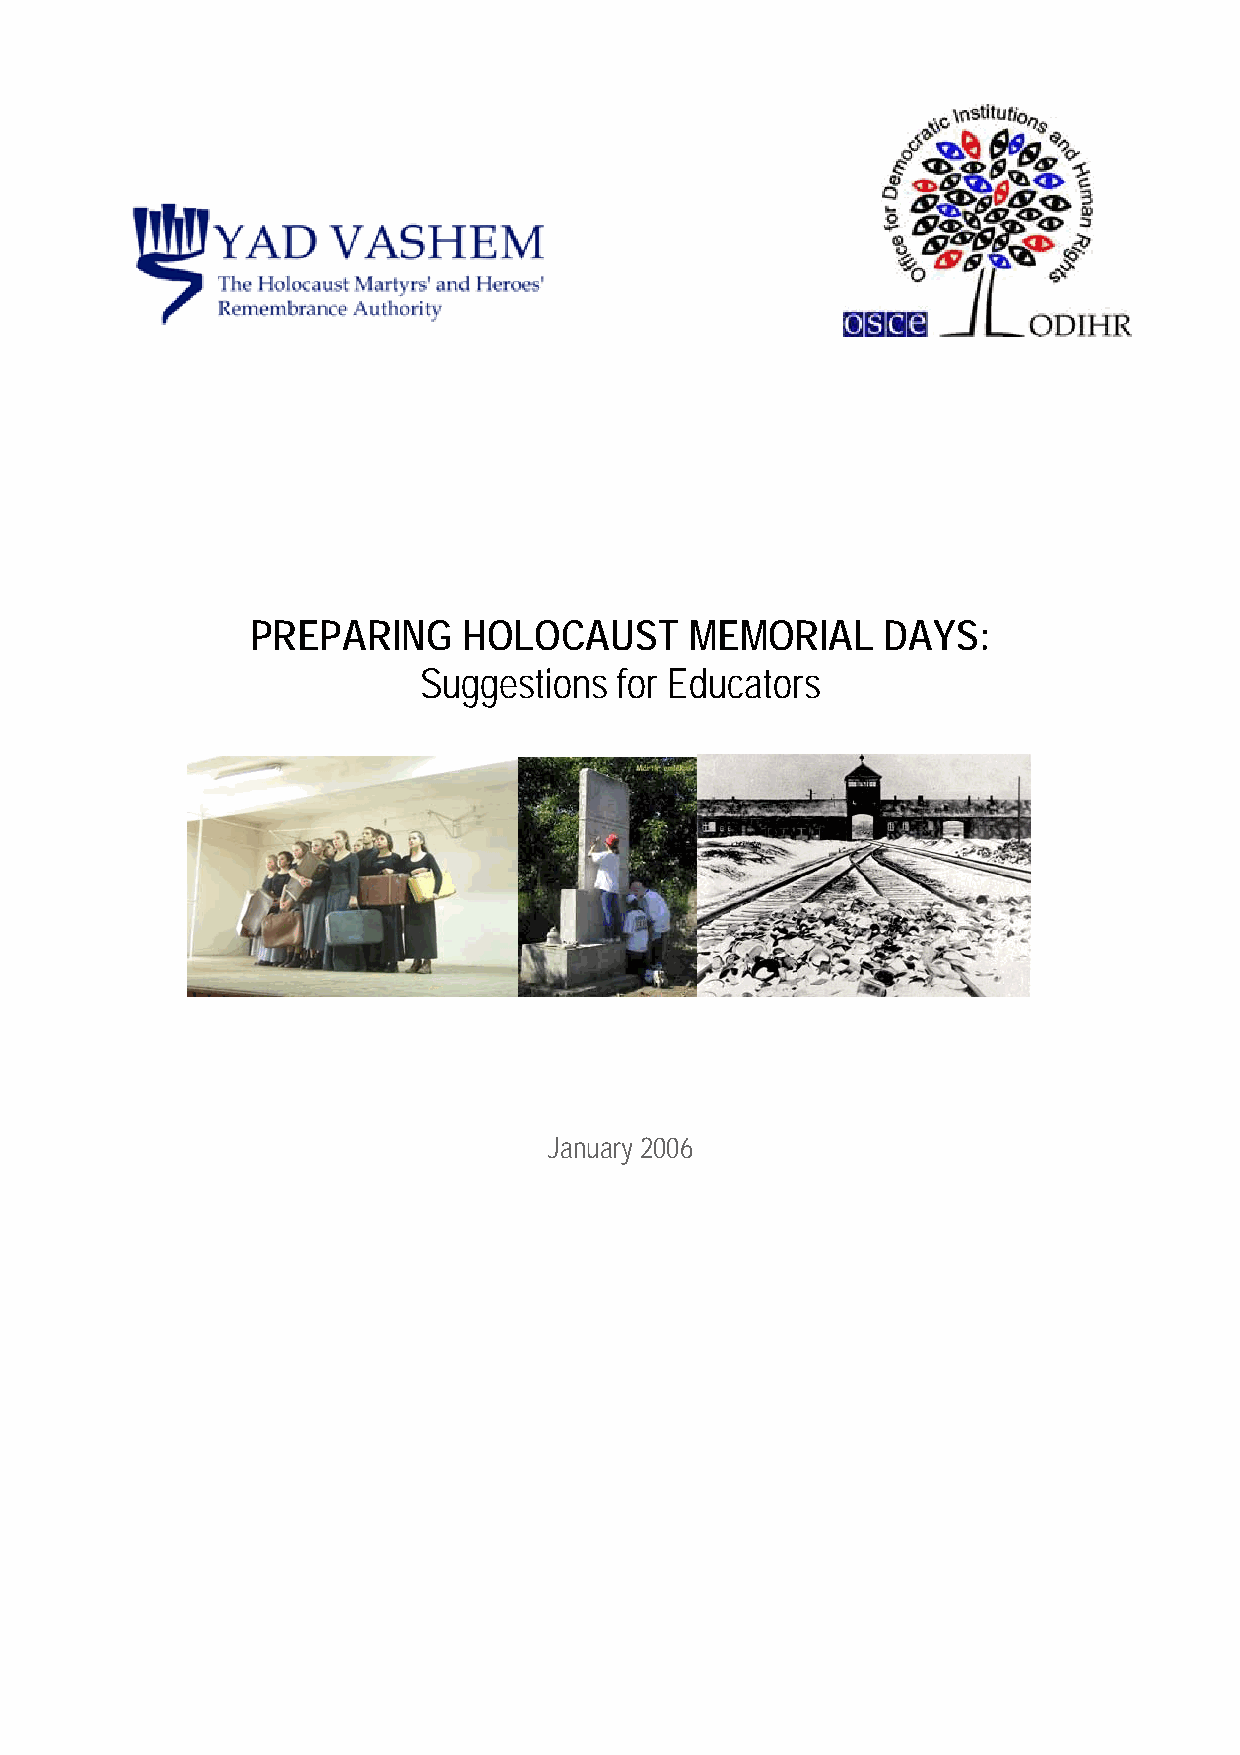
PREPARING     HOLOCAUST      MEMORIAL     DAYS:
 Suggestions  for Educators
 January 2006